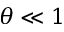
\theta \ll 1